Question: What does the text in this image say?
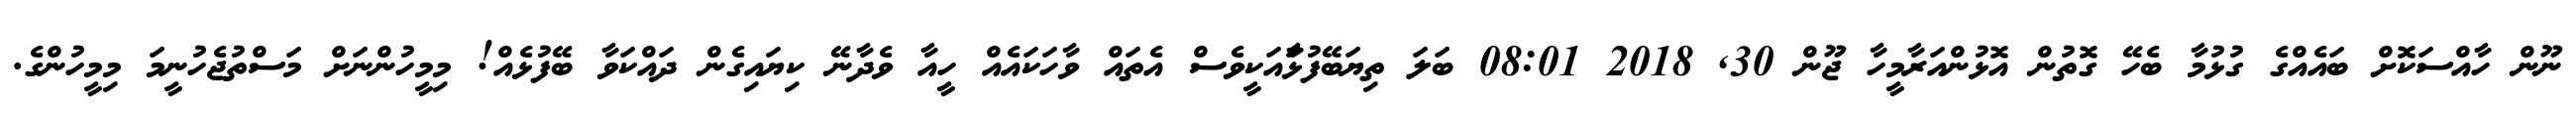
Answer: ނޫން ހާއްސަކޮށް ބައެއްގެ ގުޅުމާ ބެހޭ ގޮތުން އޮޅުންއަރާމީހާ ޖޫން 30, 2018 08:01 ބަލަ ތިޔަބޭފުޅާައަކީވެސް އެތައް ވާހަކައެއް ހީއާ ވެދާނޭ ކިޔައިގެން ދައްކަވާ ބޭފުޅެއް! މިމީހުންނަށް މަސްތުޖެހުނީމަ މިމީހުންގެ.